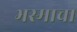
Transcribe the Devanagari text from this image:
भस्माचा